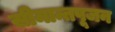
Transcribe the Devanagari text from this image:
सीमान्तपूजन